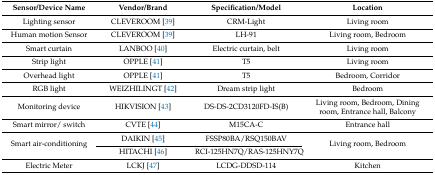
<table><thead><tr><td><b>Sensor/Device Name</b></td><td><b>Vendor/Brand</b></td><td><b>Specification/Model</b></td><td><b>Location</b></td></tr></thead><tbody><tr><td>Lighting sensor</td><td>CLEVEROOM [39]</td><td>CRM-Light</td><td>Living room</td></tr><tr><td>Human motion Sensor</td><td>CLEVEROOM [39]</td><td>LH-91</td><td>Living room, Bedroom</td></tr><tr><td>Smart curtain</td><td>LANBOO [40]</td><td>Electric curtain, belt</td><td>Living room</td></tr><tr><td>Strip light</td><td>OPPLE [41]</td><td>T5</td><td>Living room</td></tr><tr><td>Overhead light</td><td>OPPLE [41]</td><td>T5</td><td>Bedroom, Corridor</td></tr><tr><td>RGB light</td><td>WEIZHILINGT [42]</td><td>Dream strip light</td><td>Bedroom</td></tr><tr><td>Monitoring device</td><td>HIKVISION [43]</td><td>DS-DS-2CD3120FD-IS(B)</td><td>Living room, Bedroom, Dining room, Entrance hall, Balcony</td></tr><tr><td>Smart mirror/ switch</td><td>CVTE [44]</td><td>M15CA-C</td><td>Entrance hall</td></tr><tr><td rowspan="2">Smart air-conditioning</td><td>DAIKIN [45]</td><td>FSSP80BA/RSQ150BAV</td><td rowspan="2">Living room, Bedroom</td></tr><tr><td>HITACHI [46]</td><td>RCI-125HN7Q/RAS-125HNY7Q</td></tr><tr><td>Electric Meter</td><td>LCKJ [47]</td><td>LCDG-DDSD-114</td><td>Kitchen</td></tr></tbody></table>